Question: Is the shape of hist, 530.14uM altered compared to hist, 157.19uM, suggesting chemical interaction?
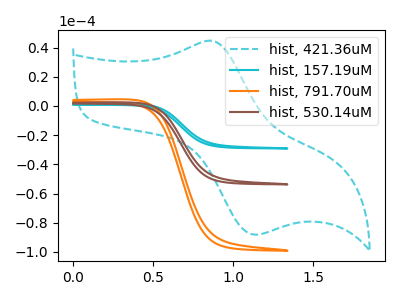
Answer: <think>The cyan dashed curve "hist, 421.36uM" has an anodic peak at (0.90V, 44.45uA) and a cathodic peak at (1.15V, -88.20uA). The cyan curve "hist, 157.19uM" has no peaks. The orange curve "hist, 791.70uM" has no peaks. The brown curve "hist, 530.14uM" has no peaks.
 Neither "hist, 530.14uM" or "hist, 157.19uM" have any peaks.</think>
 <answer>No, "hist, 530.14uM" and "hist, 157.19uM" don't appear to be significantly different in shape</answer>
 <eval>no_change</eval>